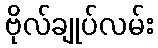
ဗိုလ်ချုပ်လမ်း